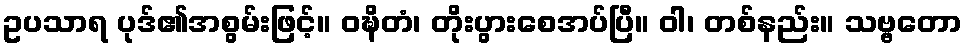
ဥပသာရ ပုဒ်၏အစွမ်းဖြင့်။ ဝဍ္ဎိတံ၊ တိုးပွားစေအပ်ပြီ။ ဝါ၊ တစ်နည်း။ သဗ္ဗတော